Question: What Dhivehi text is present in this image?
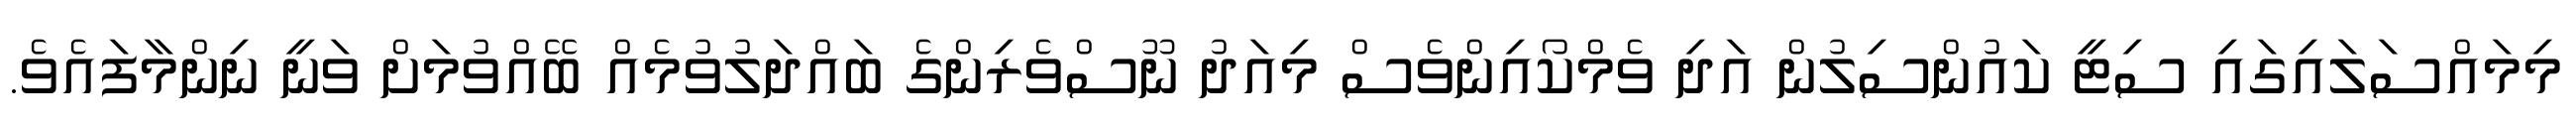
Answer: މިމައްސަލައިގައި ސިޓީ ކައުންސިލުން އަދި ވެމްކޯއިންވެސް މިއަދު ނޫސްވެރިންގެ ބައްދަލުވުމެއް ބޭއްވުމަށް ވަނީ ނިންމާފައެވެ.